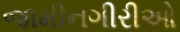
જામીનગીરીઓ